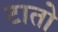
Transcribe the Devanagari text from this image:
टातो